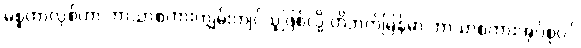
မစ္စတာလုစ်ဟာ ဘာသာစကားကျွမ်းကျင်သူဖြစ်လို့ တိဘက်မြန်မာ ဘာသာစကားအုပ်စုဝင်